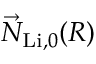
\vec { N } _ { \mathrm { L i } , 0 } ( R )